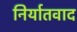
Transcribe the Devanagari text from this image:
निर्यातवाद